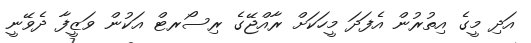
އަދި މީގެ އިތުރުން އެފަދަ މީހަކަށް ރާއްޖޭގެ ރިސޯރޓް އަކުން ވަޒީފާ ދެވޭނީ